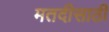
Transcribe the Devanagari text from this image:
मतदीसाठी